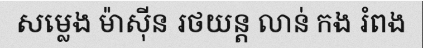
សម្លេង ម៉ាស៊ីន រថយន្ត លាន់ កង រំពង